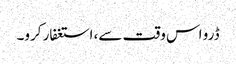
ڈرو اس وقت سے، استغفار کرو۔